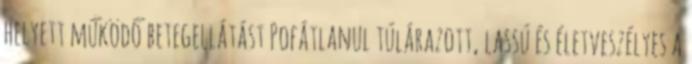
helyett működő betegellátást Pofátlanul túlárazott, lassú és életveszélyes a